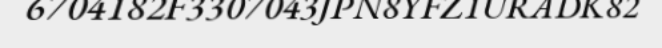
6704182F3307043JPN8YFZ1URADK82